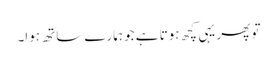
تو پھر یہی کچھ ہوتا ہے جو ہمارے ساتھ ہوا۔